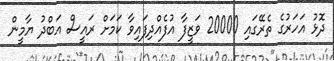
ދޮޅު އަހަރުގެ ތެރޭގައި 20000 ވަޒީފާ އުފެއްދިފައިވާ ކަމަށް ރައީސް އަބްދު ޔާމީން